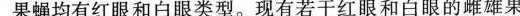
果蝇均有红眼和白眼类型。现有若干红眼和白眼的雌雄果